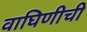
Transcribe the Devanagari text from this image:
वाघिणीची